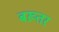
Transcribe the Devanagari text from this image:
बख़्तर